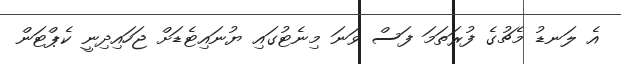
އެ ލަނޑު މެޗުގެ ފުރަތަމަ ފަސް ވަނަ މިނެޓުގައި ޔުނައިޓެޑަށް ޖަހައިދިނީ ކެޕްޓަން